Annual report of the Prince of Wales Medical College, Patna
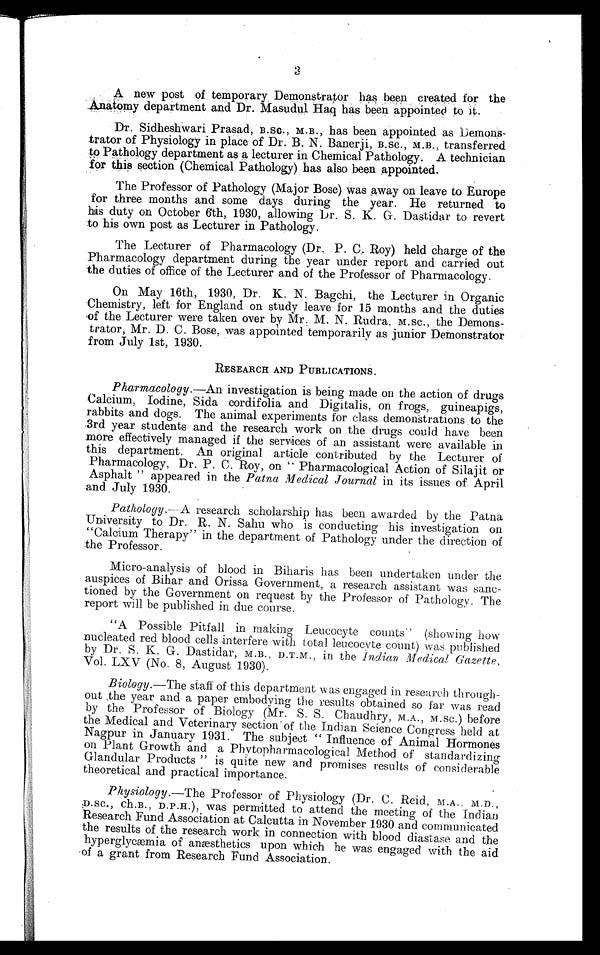
A new post of temporary Demonstrator has been created for the
A.natomy department and Dr. Masudul. Haq has been appointed to it.
DT. Sidheshwari Prasad, B.Sc., M.B., has been appointed as Demons-
trator of Physiology in place of Dr. B. N. Banerji, B.sc., M.B., transferred
to Pathology department as a lecturer in Chemical Pathology. A technician
for this section (Chemical Pathology) has also been appointed.
The Professor of Pathology (Major Bose) was away on leave to Europe
for three months and some days during the year. He returned to
his duty on October 6th, 1930, allowing Dr. S. K. G. Dastidar to revert
to his own post as Lecturer in Pathology.
The Lecturer of Pharmacology (Dr. P. C. Roy) held charge of the
Pharmacology department during the year under report and carried out
the duties of office of the Lecturer and of the Professor of Pharmacology.
On May 16th, 1930, Dr. K. N. Bagchi, the Lecturer in Organic
Chemistry, left for England on study leave for 15 months and the duties
of the Lecturer were taken over by Mr. M. N. Rudra, M.sc., the Demons-
trator, Mr. D. C. Bose, was appointed temporarily as junior Demonstrator
from July 1st, 1930.
RESEARCH AND PUBLICATIONS.
Pharmacology.—An investigation is being made on the action of drugs
Calcium, Iodine, Sida cordifolia and Digitalis, on frogs, guineapigs,
rabbits and dogs. The animal experiments for class demonstrations ,to the
3rd year students and the research work on the drugs could have been
more effectively managed if the services of an assistant were available in
this department. An original article contributed by the Lecturer of
Pharmacology, Dr. P. C. Roy, on “ Pharmacological Action of Silajit or
Asphalt ” appeared in the Patna Medical Journal in its issues of April
and July 1930.
Patholoyy.—A research scholarship has been awarded by the Patna
University to Dr.. R. N. Sahu who is conducting his investigation on
“Calcium Therapy” in the department of Pathology under the direction of
the Professor.
Micro-analysis of blood in Biliaris has been undertaken under the
auspices of Bihar and Orissa Government, a research assistant was sanc-
tioned by the Government on request by the Professor of Pathology. The
report will be published in due course.
“A Possible Pitfall in making Leucocyte counts” (showing how
nucleated red blood cells interfere with total leucocvte count) was published
by Dr. S. K. G. Dastidar, M.B., D.T.M., in the Indian Medical Gazette,
Vol. LXV (No. 8, August 1930).
Biology.—The staff of this department vas engaged in research through-
out the year and a paper embodying the results obtained so far was read
by the Professor of Biology (Mr. S. S. Chaudhry, M.A., M.Sc.) before
the Medical and Veterinary section of the Indian Science Congress held at
Nagpur in January 1931. The subject “ Influence of Animal Hormones
on Plant Growth and a Phvtopharmacological Method of standardizing
Glandular Products ” is quite new and promises results of considerable
theoretical and practical importance.
Physiology.—The Professor of Physiology (Dr. C. Reid, M.A.. M.D.,
D.sc., ch.B., D.P.H.), was permitted to attend the meeting of the Indian
Research Fund Association at Calcutta in November 1930 and communicated
the results of the research work in connection with blood diastase a.nd the
hyperglycæmia of anæsthetics upon which he was engaged with the aid
-of a grant from Research Fund Association.